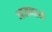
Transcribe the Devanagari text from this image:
आसनस्थो